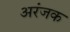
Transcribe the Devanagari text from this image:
अरंजक